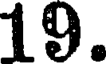
19.